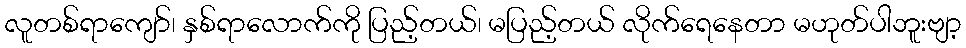
လူတစ်ရာကျော်၊ နှစ်ရာလောက်ကို ပြည့်တယ်၊ မပြည့်တယ် လိုက်ရေနေတာ မဟုတ်ပါဘူးဗျာ့